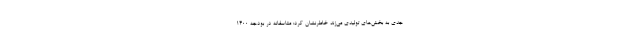
جدی به بخش‌های تولیدی می‌زند خاطرنشان کرد: متاسفانه در بودجه ۱۴۰۰